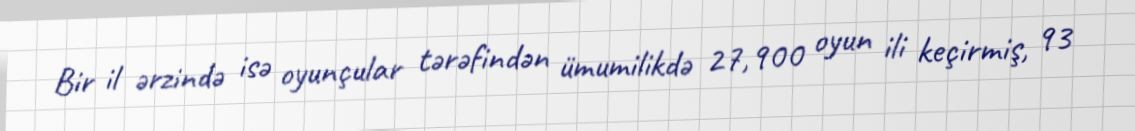
Bir il ərzində isə oyunçular tərəfindən ümumilikdə 27,900 oyun ili keçirmiş, 93